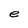
Character: e